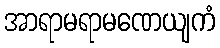
အာရာမရာမဏေယျကံ